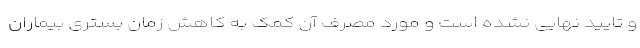
و تایید نهایی نشده است و مورد مصرف آن کمک به کاهش زمان بستری بیماران